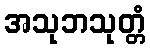
အသုဘသုတ္တံ